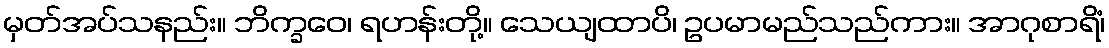
မှတ်အပ်သနည်း။ ဘိက္ခဝေ၊ ရဟန်းတို့။ သေယျထာပိ၊ ဥပမာမည်သည်ကား။ အာဂုစာရိံ၊